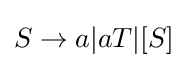
S\to a|aT|[S]